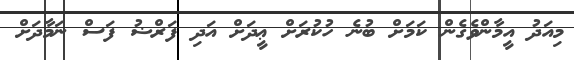
މިއަދު އީމާންވެގެން ކަމަށް ބުނެ ހުކުރަށް ޢީދަށް އަދި ފަރްޟު ފަސް ނަމާދަށް